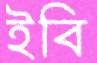
ইবি